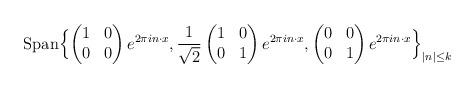
LaTeX: \begin{align*}\mbox{Span}\Bigl \{\begin{pmatrix}1 & 0 \\0 & 0\end{pmatrix}e^{2\pi in \cdot x}, \frac{1}{\sqrt2} \begin{pmatrix}1 & 0 \\0 & 1\end{pmatrix}e^{2\pi in \cdot x},\begin{pmatrix}0 & 0 \\0 & 1\end{pmatrix}e^{2\pi in \cdot x}\Bigr \}_{|n| \leq k}\end{align*}